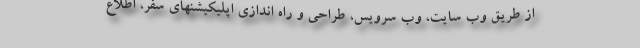
از طریق وب سایت، وب سرویس، طراحی و راه اندازی اپلیکیشنهای سفر، اطلاع